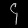
Digit: ၄